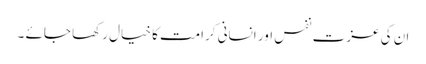
ان کی عزت نفس اور انسانی کرامت کا خیال رکھا جائے ۔